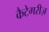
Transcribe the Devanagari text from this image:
कैटेगरीज़